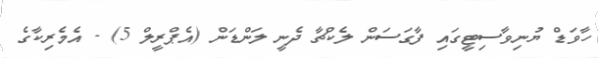
ހާވަޑް ޔުނިވާސިޓީގައި ފާގަސަން ލެކްޗާ ދެނީ ލަންޑަން (އެޕްރީލް 5) - އެމެރިކާގެ